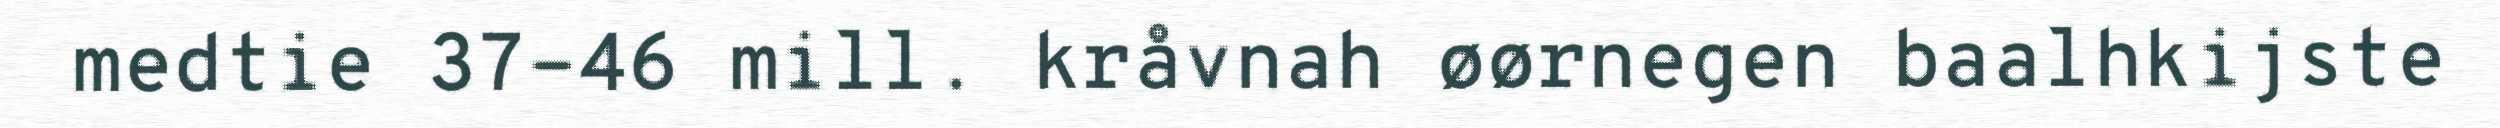
medtie 37-46 mill. kråvnah øørnegen baalhkijste